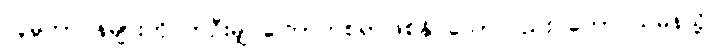
လူမှုတာဝန်များကို တဦးမျှ ကြောက်စရာဖြစ်နိုင်သော်လည်း တောင်သမန်သို့